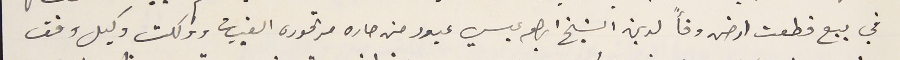
في بيع قطعت ارض وفأً لدين الشيخ ابراهىم عيسي عبود من حاره مرتموره القبيات واوكلت وكيل وقف